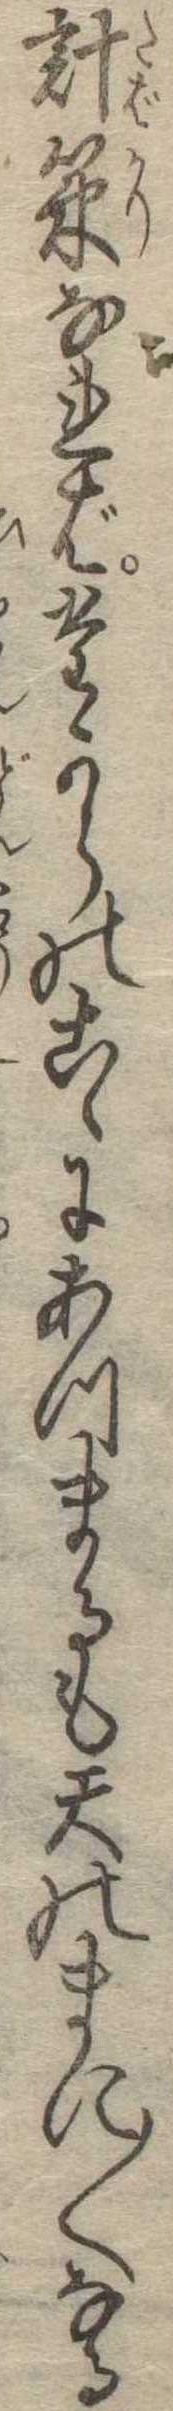
計策なればたからのこゝにあつまるも天のまに〱なる